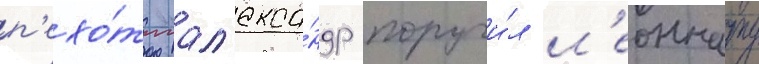
п'ехо́ты ал'екса́ндр поручи́л л'еоннату